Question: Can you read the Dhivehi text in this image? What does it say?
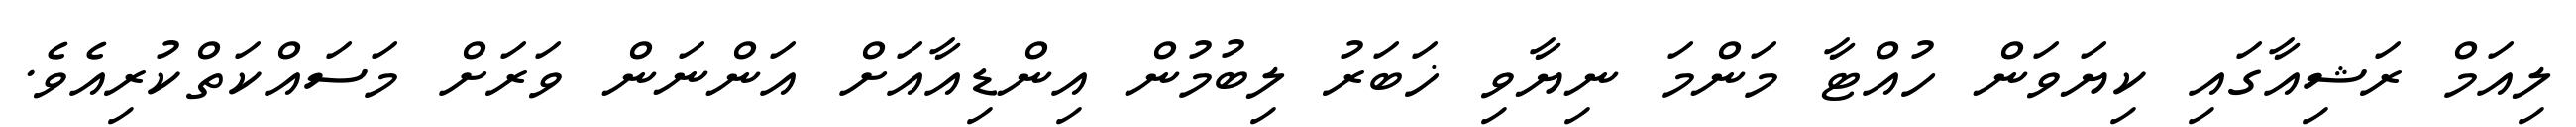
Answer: ލިއަމް ރަޝިއާގައި ކިޔަވަން ހުއްޓާ މަންމަ ނިޔާވި ޚަބަރު ލިބުމުން އިންޑިއާއަށް އަންނަން ވަރަށް މަސައްކަތްކުރިއެވެ.